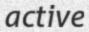
active